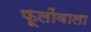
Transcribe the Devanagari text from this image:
फूलोंवाला